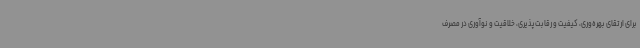
برای ارتقای بهره‌وری، کیفیت و رقابت‌پذیری، خلاقیت و نوآوری در مصرف